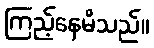
ကြည့်နေမိသည်။